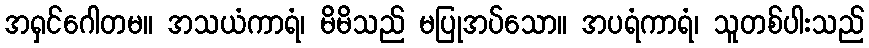
အရှင်ဂေါတမ။ အသယံကာရံ၊ မိမိသည် မပြုအပ်သော။ အပရံကာရံ၊ သူတစ်ပါးသည်